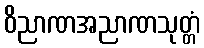
ဝိညာဏအညာဏသုတ္တံ